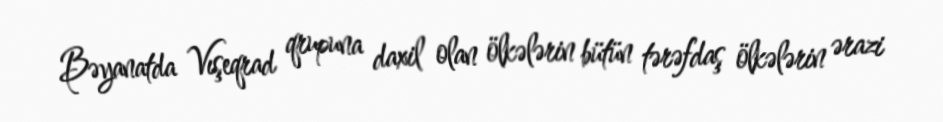
Bəyanatda Vışeqrad qrupuna daxil olan ölkələrin bütün tərəfdaş ölkələrin ərazi